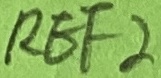
Text: REF2